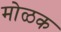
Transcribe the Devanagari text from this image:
मोळक